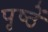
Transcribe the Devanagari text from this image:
पृष्ठें